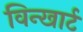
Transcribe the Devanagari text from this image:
विन्खार्ट